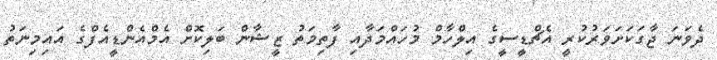
ދެވަނަ ޖާގަކަށަވަރުކުރީ އެޗްޑީސީގެ އިލްހާމް މުހައްމަދާއި ފާތިމަތު ޒީޝާން ބަލިކޮށް އެމްއެންޑީއެފްގެ އައިމިނަތު